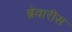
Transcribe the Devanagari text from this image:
ब्रेवारीस